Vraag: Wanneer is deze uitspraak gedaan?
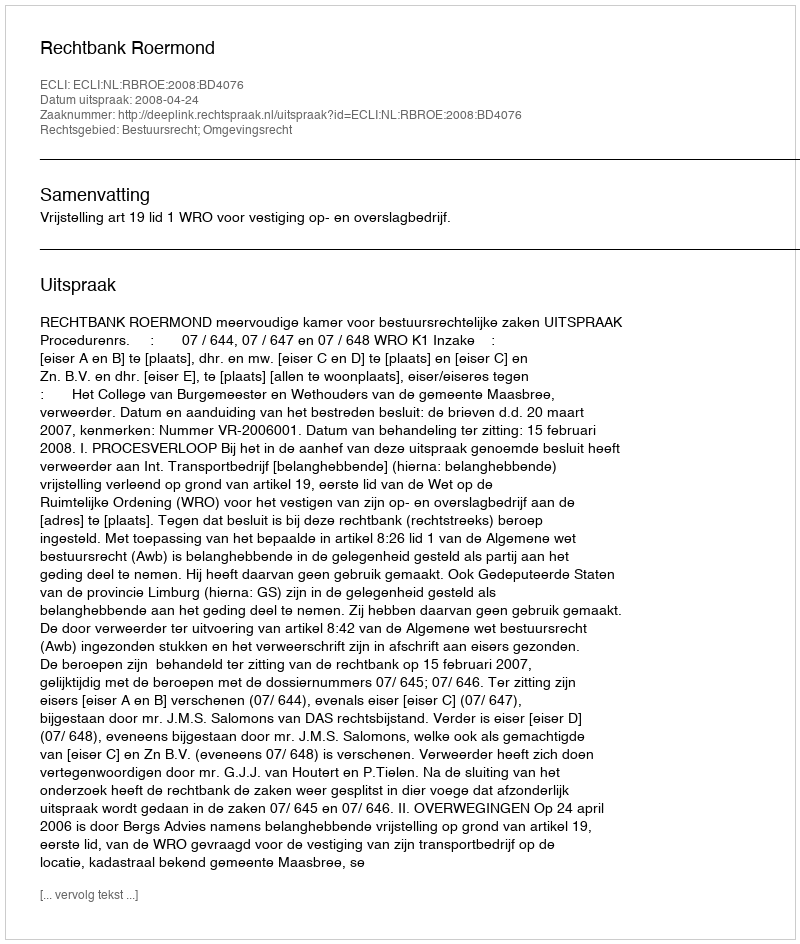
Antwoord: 2008-04-24